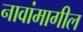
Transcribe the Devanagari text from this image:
नावांमागील